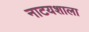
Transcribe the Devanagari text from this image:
नाटयशाला